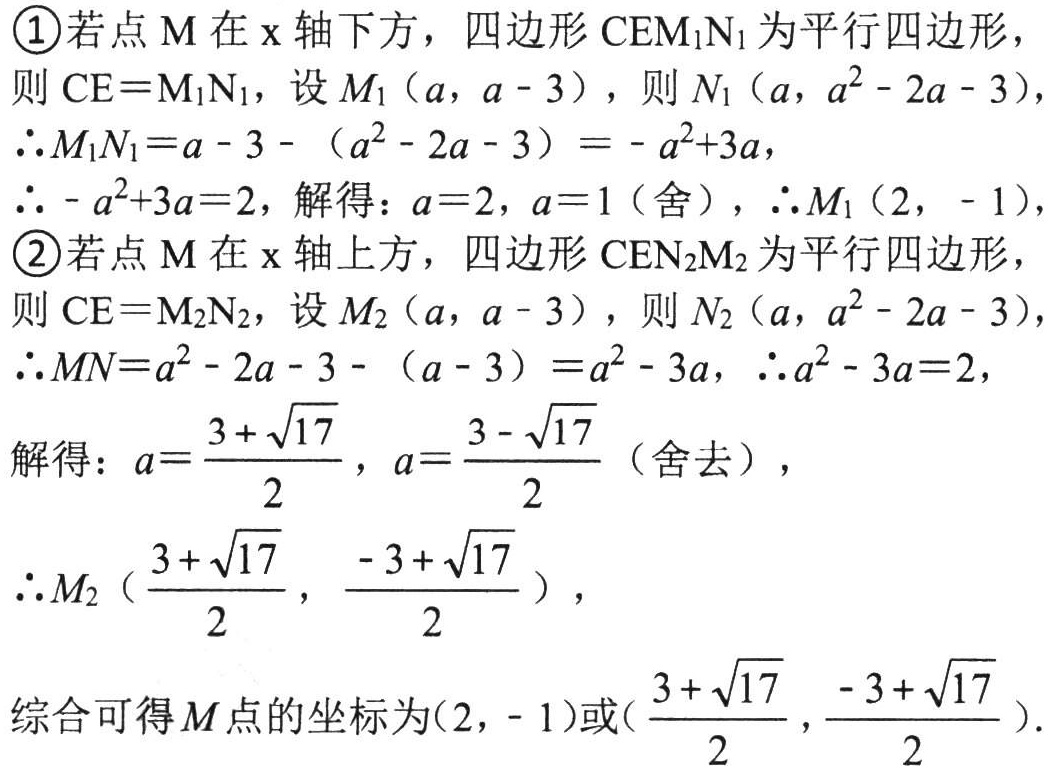
\textcircled{1}若点$\text{M}$在$x$轴下方，四边形$\text{CEM}_{1}\text{N}_{1}$为平行四边形，
则$\text{CE}=\text{M}_{1}\text{N}_{1}$，设$M_{1}(a,a - 3)$，则$N_{1}(a,a^{2}-2a - 3)$，
$\therefore M_{1}N_{1}=a - 3-(a^{2}-2a - 3)=-a^{2}+3a$，
$\therefore -a^{2}+3a = 2$，解得：$a = 2$，$a = 1$（舍），$\therefore M_{1}(2,-1)$，
\textcircled{2}若点$\text{M}$在$x$轴上方，四边形$\text{CEN}_{2}\text{M}_{2}$为平行四边形，
则$\text{CE}=\text{M}_{2}\text{N}_{2}$，设$M_{2}(a,a - 3)$，则$N_{2}(a,a^{2}-2a - 3)$，
$\therefore MN=a^{2}-2a - 3-(a - 3)=a^{2}-3a$，$\therefore a^{2}-3a = 2$，
解得：$a=\dfrac{3 + \sqrt{17}}{2}$，$a=\dfrac{3 - \sqrt{17}}{2}$（舍去），
$\therefore M_{2}(\dfrac{3 + \sqrt{17}}{2},\dfrac{-3 + \sqrt{17}}{2})$，
综合可得$M$点的坐标为$(2,-1)$或$(\dfrac{3 + \sqrt{17}}{2},\dfrac{-3 + \sqrt{17}}{2})$.